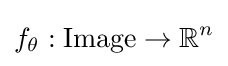
f_{\theta }:{\text}\to \mathbb {R} ^{n}